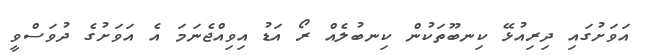
އަވަށުގައި ދިރިއުޅޭ ކިނބޫތަކުން ކިނބުލެއް ރޯ އަޑު އިވިއްޖެނަމަ އެ އަވަށުގެ ދުވަސްވީ